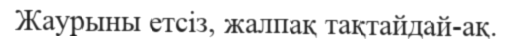
Жаурыны етсіз, жалпақ тақтайдай-ақ.